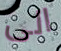
الى